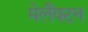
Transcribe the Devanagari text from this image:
मेलैंक्टन